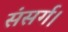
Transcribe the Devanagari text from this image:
संसर्ग।